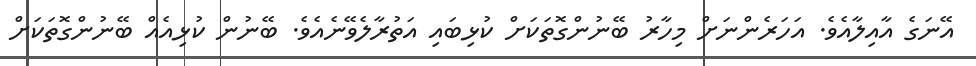
އޭނަގެ އާއިލާއެވެ. އަހަރެންނަށް މިހާރު ބޭނުންގޮތަކަށް ކުޅިބައި އަތުރާލެވޭނެއެވެ. ބޭނުން ކުޅިއެއް ބޭނުންގޮތަކަށް